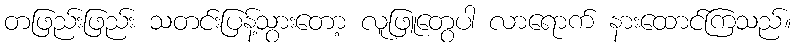
တဖြည်းဖြည်း သတင်းပြန့်သွားတော့ လူဖြူတွေပါ လာရောက် နားထောင်ကြသည်။